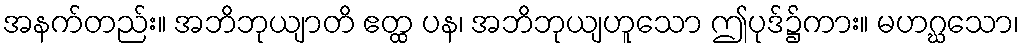
အနက်တည်း။ အဘိဘုယျာတိ ဧတ္ထ ပန၊ အဘိဘုယျဟူသော ဤပုဒ်၌ကား။ မဟဂ္ဃသော၊